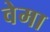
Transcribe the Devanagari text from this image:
वेमा